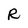
Character: R